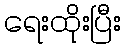
ရေးထိုးပြီး